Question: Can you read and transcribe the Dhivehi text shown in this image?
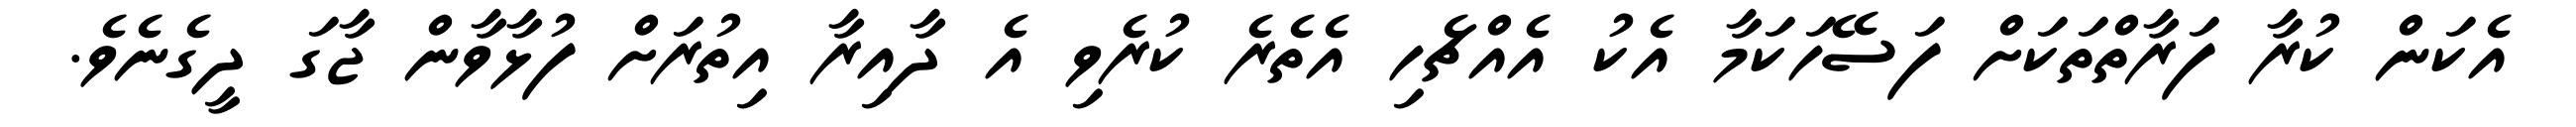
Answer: އެކަން ކުރާ ފަރާތްތަކަށް ފަސޭހަކަމާ އެކު އެއްޗެހި އެތެރެ ކުރެވި އެ ދާއިރާ އިތުރަށް ފުޅާވާން ޖާގަ ދީގެނެވެ.